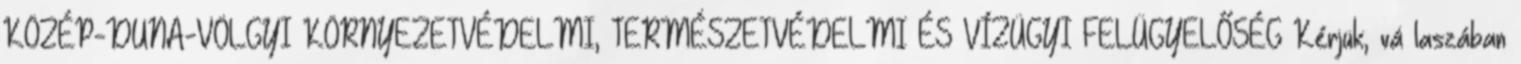
KÖZÉP-DUNA-VÖLGYI KÖRNYEZETVÉDELMI, TERMÉSZETVÉDELMI ÉS VÍZÜGYI FELÜGYELŐSÉG Kérjük, vá laszában